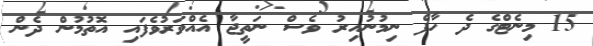
15 މިނެޓްގެ ދެ ހާފް ނިމުނުއިރު ވެސް ނަތީޖާ އެއްވަރުވެފައި އޮތުމުން ދެން